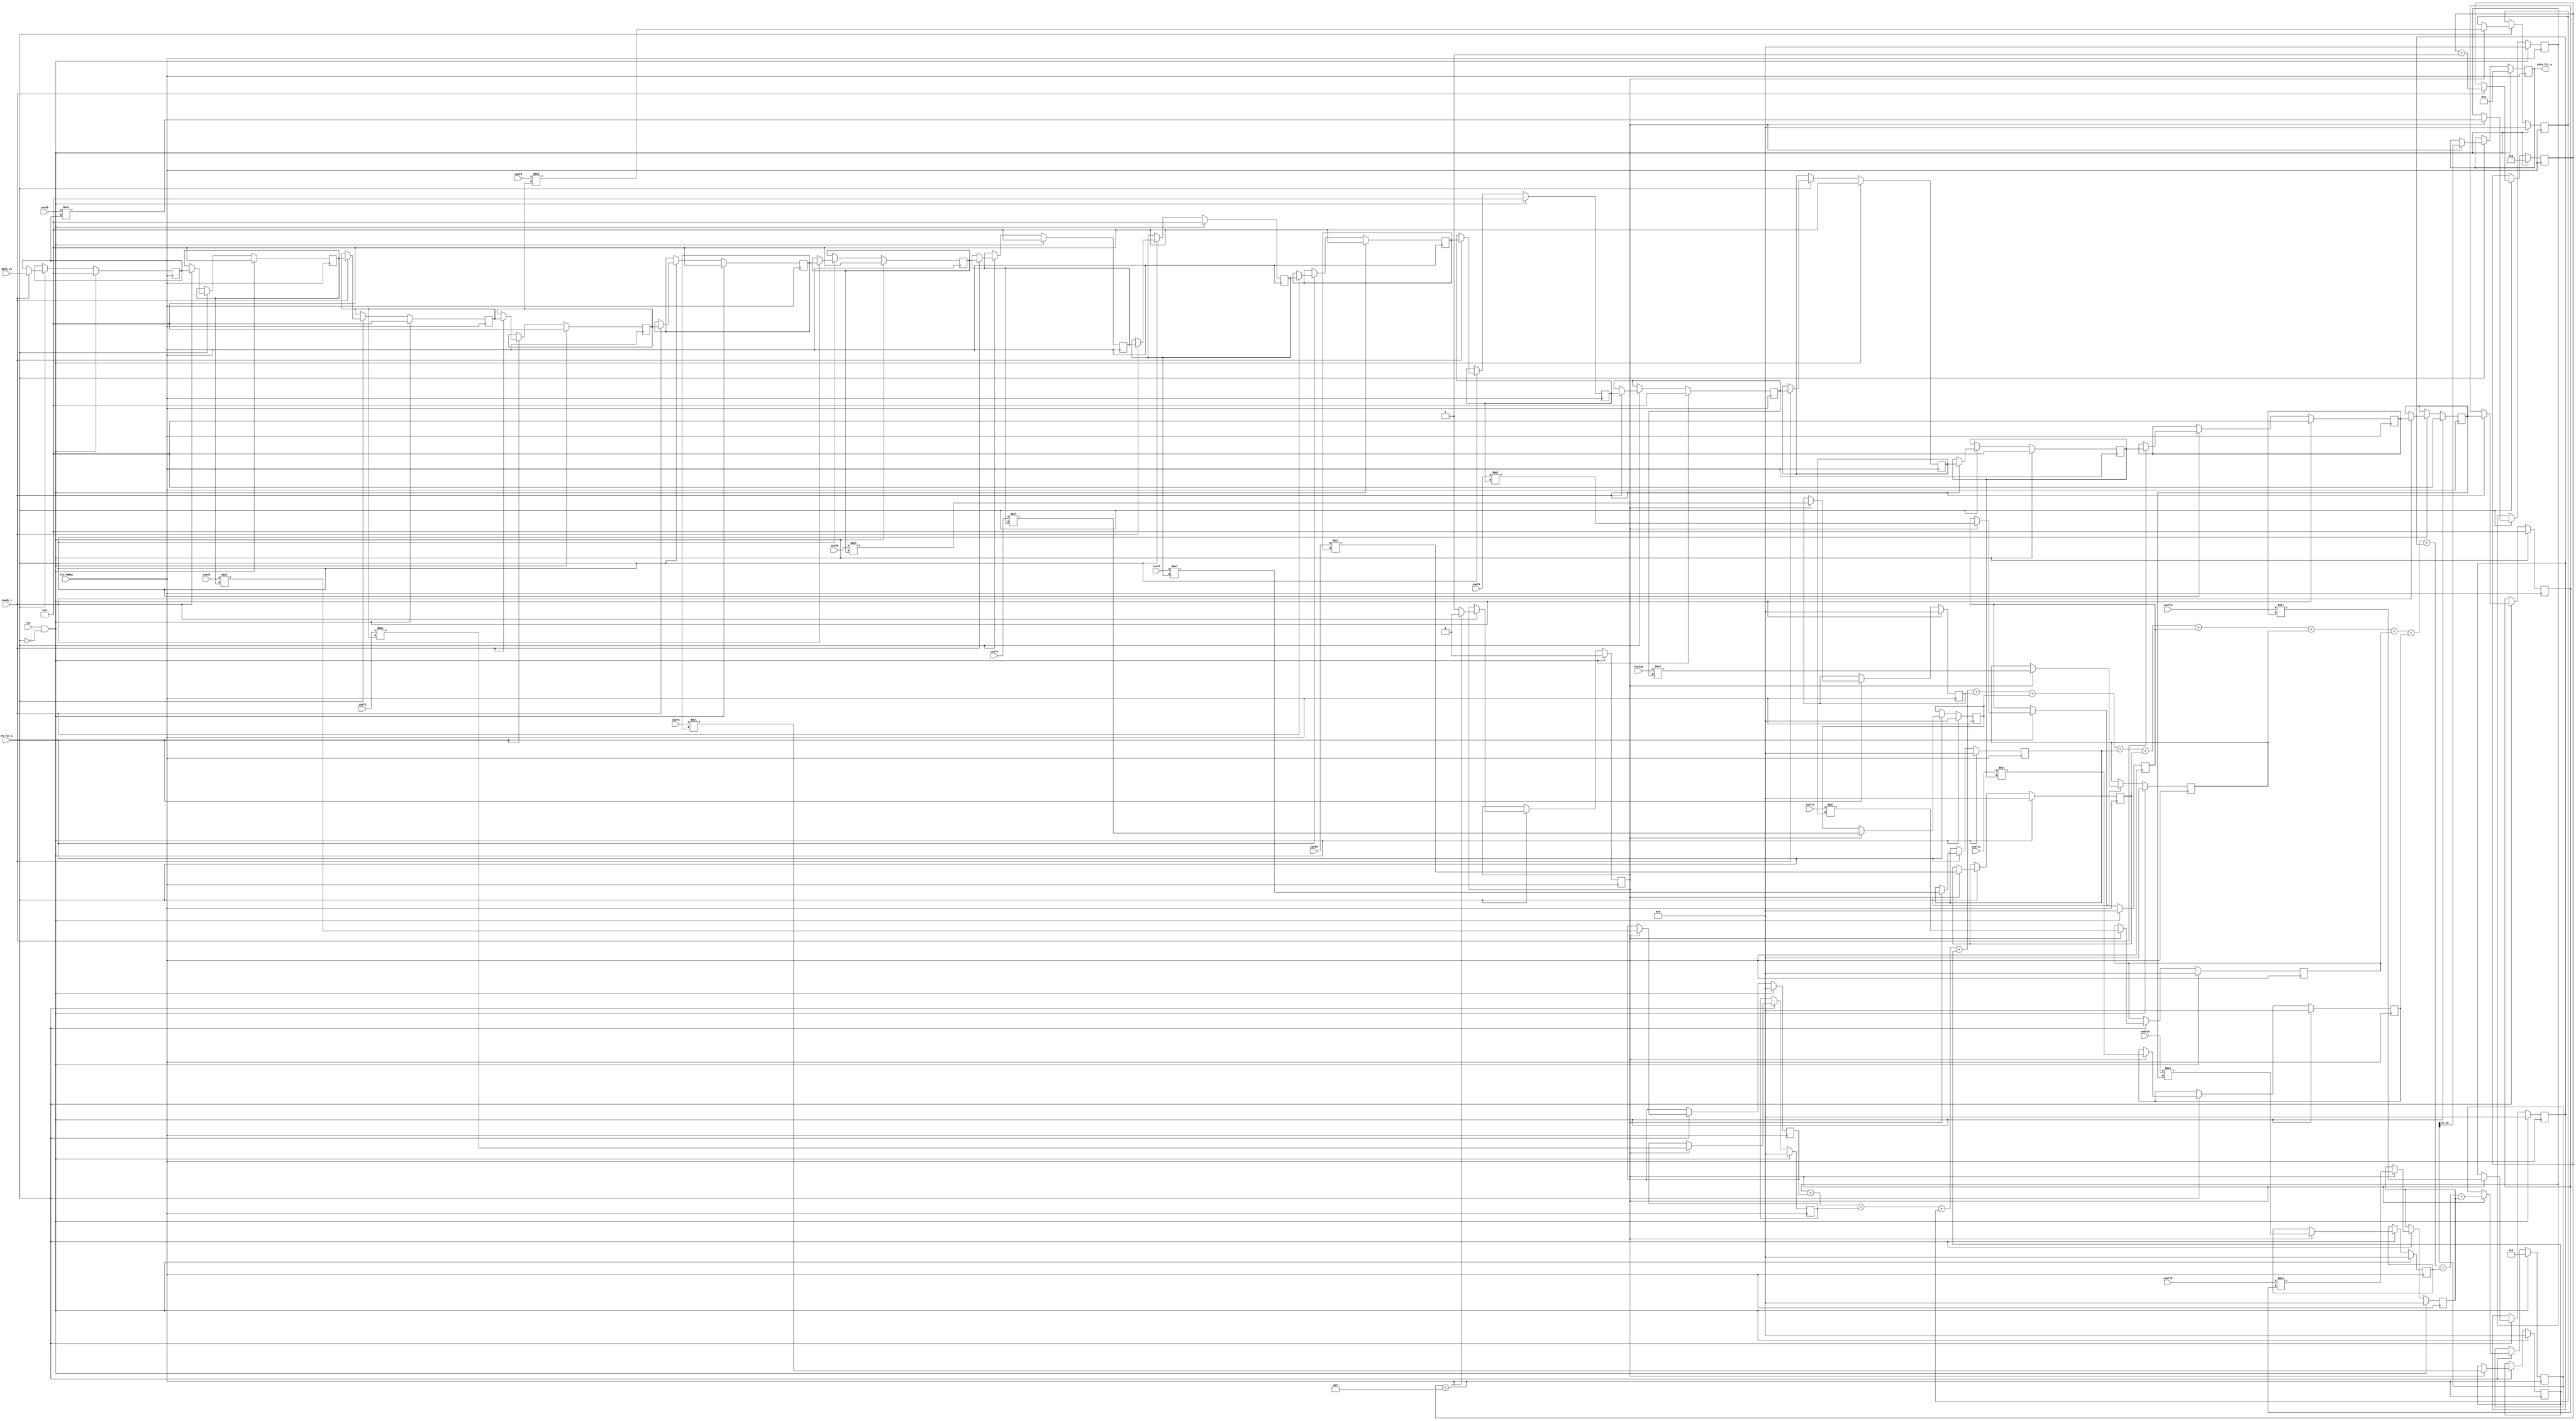
`timescale 1ns / 1ps

module FIR(
        input [11:0] data_in, //ADC
        input clk_78MHz,
        input rst,
        input en_fir_i,
        input ready_i,
        input [11:0] coef0,
        input [11:0] coef1,
        input [11:0] coef2,
        input [11:0] coef3,
        input [11:0] coef4,
        input [11:0] coef5,
        input [11:0] coef6,
        input [11:0] coef7,
        input [11:0] coef8,
        input [11:0] coef9,
        input [11:0] coef10,
        input [11:0] coef11,
        input [11:0] coef12,
        input [11:0] coef13,
        input [11:0] coef14,
        input [11:0] coef15,
        output [15:0] data_fir_o
    );
       
    reg [11:0] m;
    reg [11:0] m1;
    reg [11:0] m2;
    reg [11:0] m3;
    reg [11:0] m4;
    reg [11:0] m5;
    reg [11:0] m6;
    reg [11:0] m7;
    reg [11:0] m8;
    reg [11:0] m9;
    reg [11:0] m10;
    reg [11:0] m11;
    reg [11:0] m12;
    reg [11:0] m13;
    reg [11:0] m14;
    reg [11:0] m15;
    
    reg [23:0] resp;
    reg [23:0] resp1;
    reg [23:0] resp2;
    reg [23:0] resp3;
    reg [23:0] resp4;
    reg [23:0] resp5;
    reg [23:0] resp6;
    reg [23:0] resp7;
    reg [23:0] resp8;
    reg [23:0] resp9;
    reg [23:0] resp10;
    reg [23:0] resp11;
    reg [23:0] resp12;
    reg [23:0] resp13;
    reg [23:0] resp14;
    reg [23:0] resp15;
    
    reg [4:0]  count_sample;
    reg [27:0] resS;
    reg [15:0] resT;    
    reg full;
    
    assign data_fir_o =resT;
    
    always @(negedge clk_78MHz)begin
        if (rst || !en_fir_i) begin
            count_sample<=0;
            full <= 0;
            resS<=27'b0;
            resT<=0;
            
            m<=0;
            m1<=0;
            m2<=0;
            m3<=0;
            m4<=0;
            m5<=0;
            m6<=0;
            m7<=0;
            m8<=0;
            m9<=0;
            m10<=0;
            m11<=0;
            m12<=0;
            m13<=0;
            m14<=0;
            m15<=0;
            
            resp<=0;
            resp1<=0;
            resp2<=0;
            resp3<=0;
            resp4<=0;
            resp5<=0;
            resp6<=0;
            resp7<=0;
            resp8<=0;
            resp9<=0;
            resp10<=0;
            resp11<=0;
            resp12<=0;
            resp13<=0;
            resp14<=0;
            resp15<=0;
            
        end else begin
            if (en_fir_i) begin
                if(ready_i)begin
                    m <= data_in;
                    m1<=m;
                    m2<=m1;
                    m3<=m2;
                    m4<=m3;
                    m5<=m4;
                    m6<=m5;
                    m7<=m6;
                    m8<=m7;
                    m9<=m8;
                    m10<=m9;
                    m11<=m10;
                    m12<=m11;
                    m13<=m12;
                    m14<=m13;
                    m15<=m14;  
                    count_sample <=  (count_sample + 1) ;
                    full <=  (count_sample < 15) ? 0 : 1 ;          
                end
                if (full) begin
                    resp   <= coef0   * m ;
                    resp1  <= coef1   * m1;
                    resp2  <= coef2   * m2;
                    resp3  <= coef3   * m3;
                    resp4  <= coef4   * m4;
                    resp5  <= coef5   * m5;
                    resp6  <= coef6   * m6;
                    resp7  <= coef7   * m7;
                    resp8  <= coef8   * m8;
                    resp9  <= coef9   * m9;
                    resp10 <= coef10 * m10;
                    resp11 <= coef11 * m11;
                    resp12 <= coef12 * m12;
                    resp13 <= coef13 * m13;
                    resp14 <= coef14 * m14;
                    resp15 <= coef15 * m15;
                    resS   <= resp + resp1 + resp2 + resp3 + resp4 + resp5 + resp6 + resp7 + resp8 +resp9 + resp10 + resp11 + resp12 + resp13 + resp14 + resp15;
                    resT   <= resS[27:11];
                end    
            end
        end
    end

endmodule